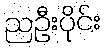
ညဦးပိုင်း